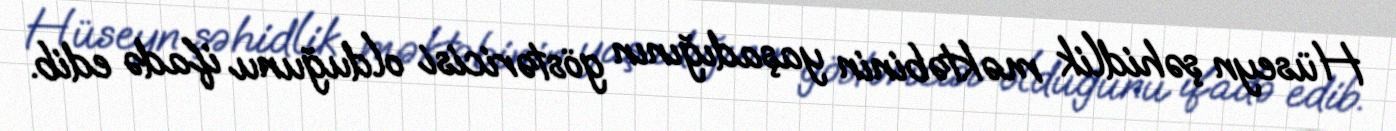
Hüseyn şəhidlik məktəbinin yaşadığının göstəricisi olduğunu ifadə edib.